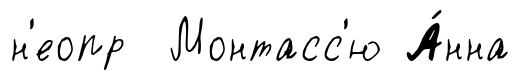
н'еопр Монтасс'ю А́нна